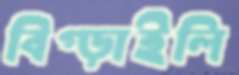
বিগ্‌ড়াইলি